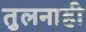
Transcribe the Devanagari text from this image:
तुलनाही